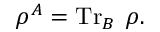
\rho ^ { A } = \operatorname { T r } _ { B } \; \rho .